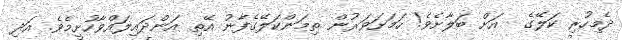
ދެމިހުރި ކަލޭގެ  އަށް ބަލާށެވެ! ހަމަށަވަރުން ތިމަންކަލޭގެފާނު އޭތި އަންދައިލައްވާހުށީމެވެ. އަދި